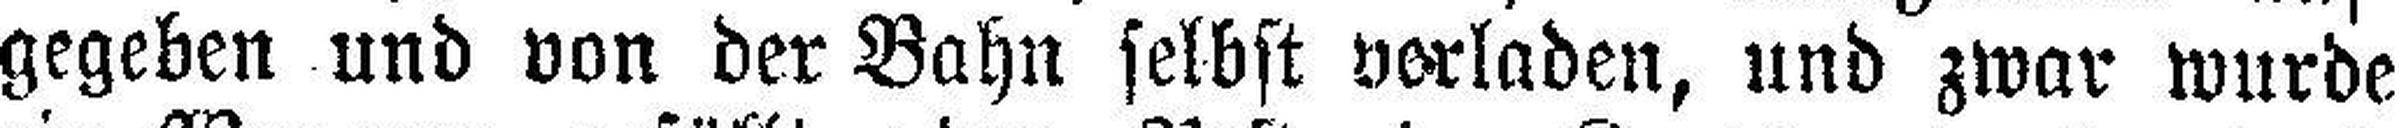
gegeben und von der Bahn selbst verladen, und zwar wurde